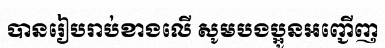
បានរៀបរាប់ខាងលើ សូមបងប្អូនអញ្ជើញ